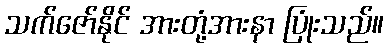
သက်ဇော်နိုင် အားတုံ့အားနာ ပြုံးသည်။